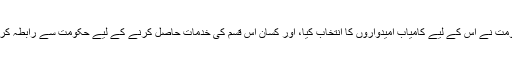
ریاستی حکومت نے اس کے لیے کامیاب امیدواروں کا انتخاب کیا، اور کسان اس قسم کی خدمات حاصل کرنے کے لیے حکومت سے رابطہ کر سکتے ہیں۔